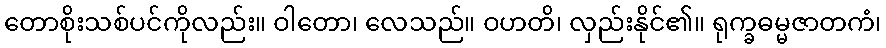
တောစိုးသစ်ပင်ကိုလည်း။ ဝါတော၊ လေသည်။ ဝဟတိ၊ လှည်းနိုင်၏။ ရုက္ခဓမ္မဇာတကံ၊